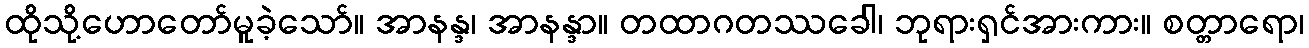
ထိုသို့ဟောတော်မူခဲ့သော်။ အာနန္ဒ၊ အာနန္ဒာ။ တထာဂတဿခေါ၊ ဘုရားရှင်အားကား။ စတ္တာရော၊